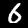
Label: 6